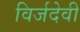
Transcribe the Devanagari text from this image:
विर्जदेवी